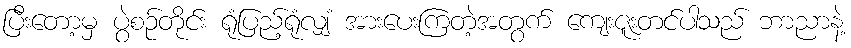
ပြီးတော့မှ ပွဲစဉ်တိုင်း ရုံပြည့်ရုံလျှံ အားပေးကြတဲ့အတွက် ကျေးဇူးတင်ပါသည် ဘာညာနဲ့